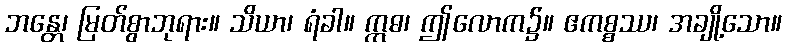
ဘန္တေ၊ မြတ်စွာဘုရား။ သိယာ၊ ရံခါ။ ဣဓ၊ ဤလောက၌။ ဧကစ္စဿ၊ အချို့သော။